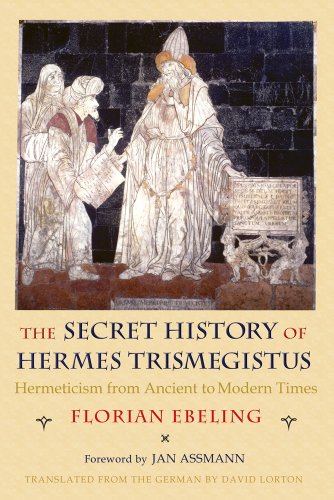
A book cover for The Secret History of Hermes Trismegistus: Hermeticism from Ancient to Modern Times (Cornell Paperbacks); Florian Ebeling; Religion & Spirituality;